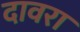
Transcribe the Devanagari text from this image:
दावरा